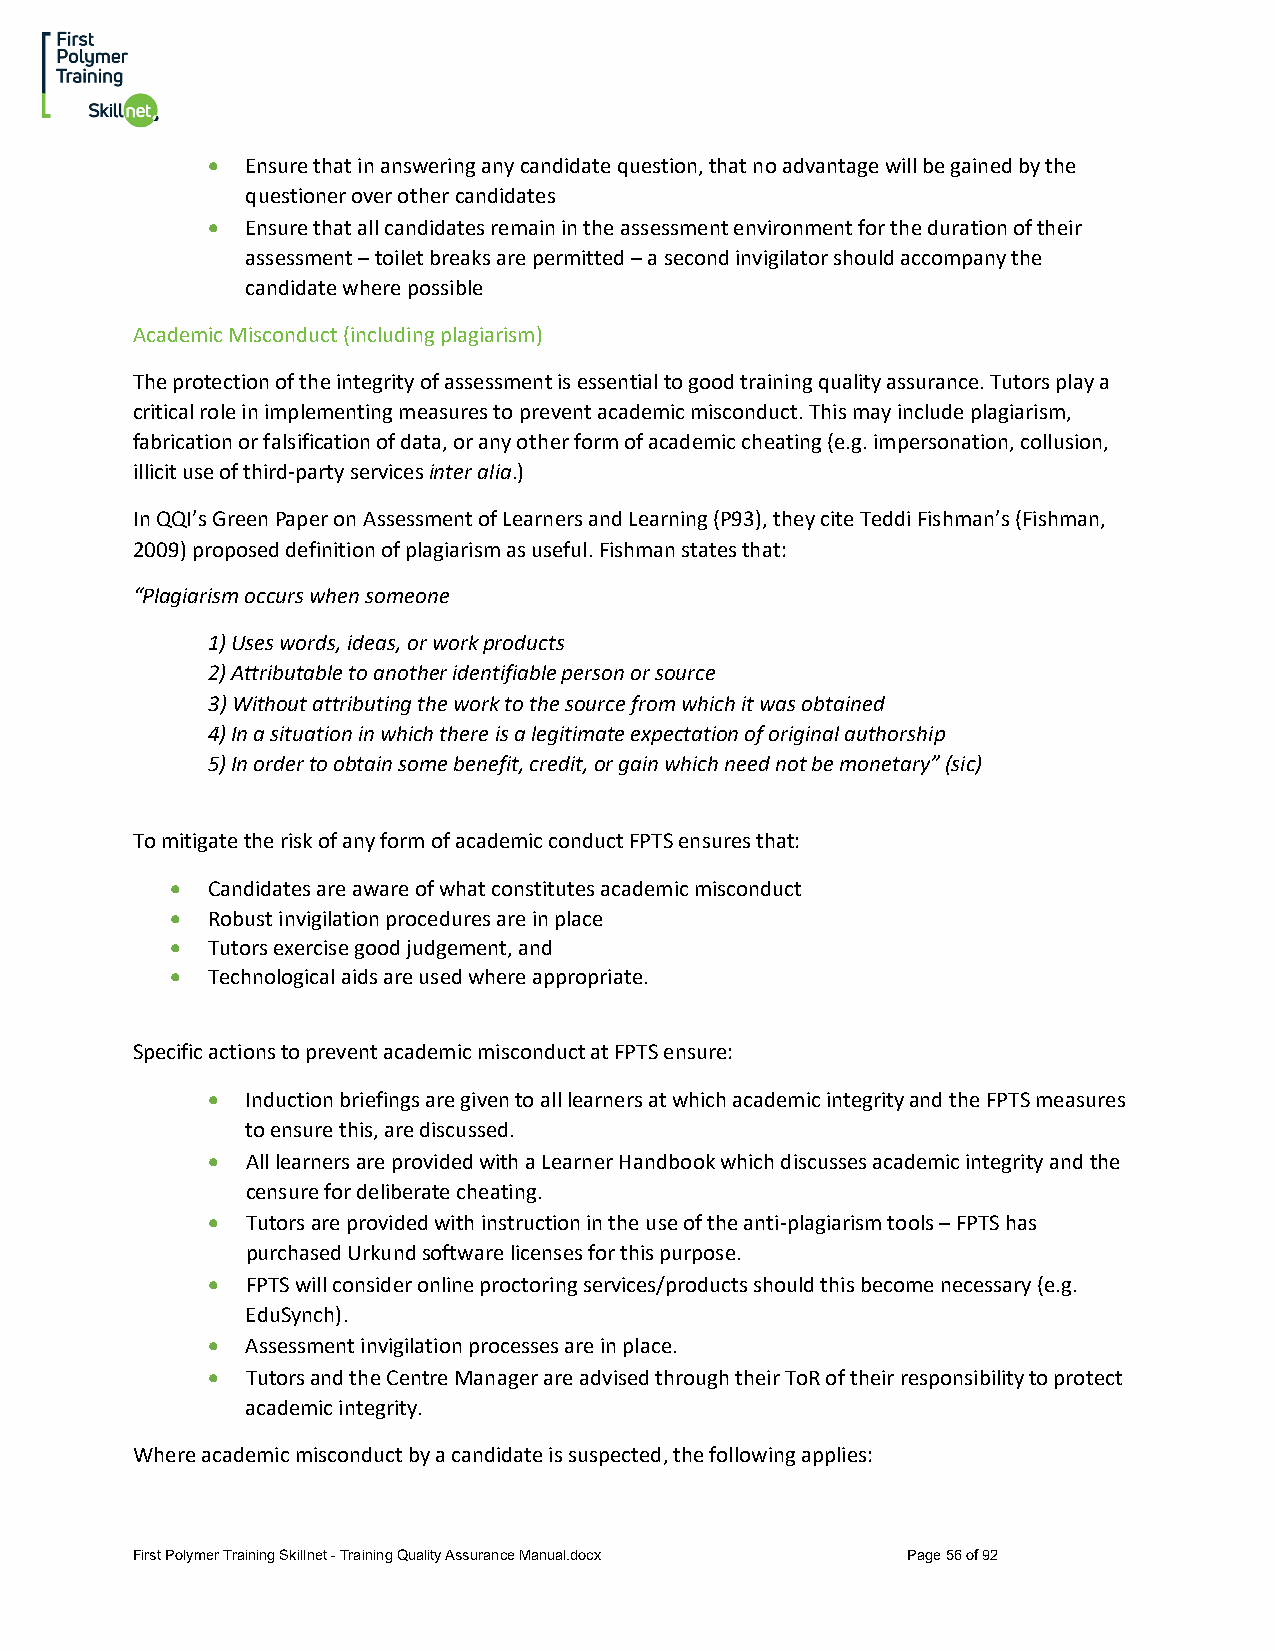
• Ensure that in answering any candidate question, that no advantage will be gained by the
 questioner over other candidates
 • Ensure that all candidates remain in the assessment environment for the duration of their
 assessment – toilet breaks are permitted – a second invigilator should accompany the
 candidate where possible
 Academic Misconduct (including plagiarism)
 The protection of the integrity of assessment is essential to good training quality assurance. Tutors play a
 critical role in implementing measures to prevent academic misconduct. This may include plagiarism,
 fabrication or falsification of data, or any other form of academic cheating (e.g. impersonation, collusion,
 illicit use of third-party services inter alia.)
 In QQI’s Green Paper on Assessment of Learners and Learning (P93), they cite Teddi Fishman’s (Fishman,
 2009) proposed definition of plagiarism as useful. Fishman states that:
 “Plagiarism occurs when someone
 1) Uses words, ideas, or work products
 2) Attributable to another identifiable person or source
 3) Without attributing the work to the source from which it was obtained
 4) In a situation in which there is a legitimate expectation of original authorship
 5) In order to obtain some benefit, credit, or gain which need not be monetary” (sic)
 To mitigate the risk of any form of academic conduct FPTS ensures that:
 •  Candidates are aware of what constitutes academic misconduct
 •  Robust invigilation procedures are in place
 •  Tutors exercise good judgement, and
 •  Technological aids are used where appropriate.
 Specific actions to prevent academic misconduct at FPTS ensure:
 • Induction briefings are given to all learners at which academic integrity and the FPTS measures
 to ensure this, are discussed.
 • All learners are provided with a Learner Handbook which discusses academic integrity and the
 censure for deliberate cheating.
 • Tutors are provided with instruction in the use of the anti-plagiarism tools – FPTS has
 purchased Urkund software licenses for this purpose.
 • FPTS will consider online proctoring services/products should this become necessary (e.g.
 EduSynch).
 • Assessment invigilation processes are in place.
 • Tutors and the Centre Manager are advised through their ToR of their responsibility to protect
 academic integrity.
 Where academic misconduct by a candidate is suspected, the following applies:
 First Polymer Training Skillnet - Training Quality Assurance Manual.docx Page 56 of 92